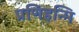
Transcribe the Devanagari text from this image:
प्रणिहन्मि